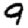
Digit: 9